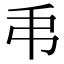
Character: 𢎣